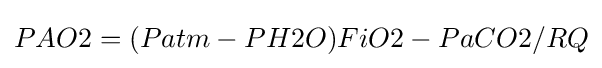
PAO2=(Patm-PH2O)FiO2-PaCO2/RQ